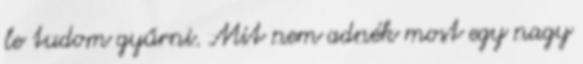
le tudom gyűrni. Mit nem adnék most egy nagy